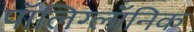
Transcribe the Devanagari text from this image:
पॉलिग्लॉनिक